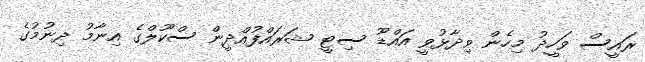
ރައީސް ވަހީދު މިހެން ވިދާޅުވީ އައްޑޫ ސިޓީ ޝަރައްފުއްދީން ސްކޫލްގެ އިނާމު ދިނުމުގެ